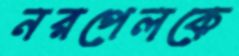
নরপেলকে